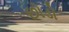
છોડો